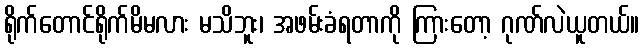
ရိုက်တောင်ရိုက်မိမလား မသိဘူး၊ အဖမ်းခံရတာကို ကြားတော့ ဂုဏ်လဲယူတယ်။